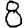
Digit: 8